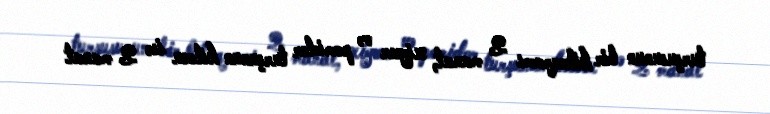
turşusunun bir kiloqramı 2 manat, xiyar və pomidor turşunun kilosu isə 2 manat